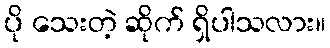
ပို သေးတဲ့ ဆိုက် ရှိပါသလား။